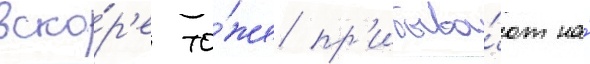
вско́р'е то́же пр'ибыва́ют на́